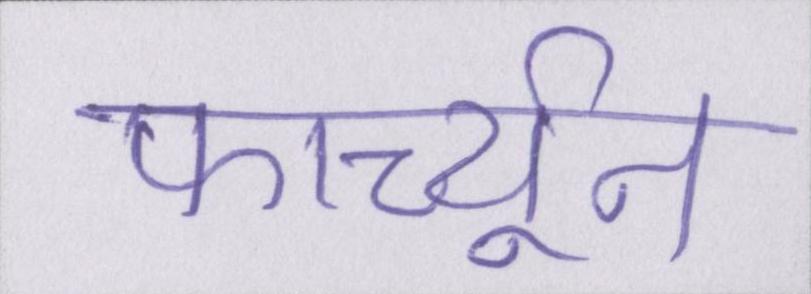
फार्च्यून